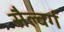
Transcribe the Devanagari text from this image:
सैल्बर्ग